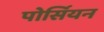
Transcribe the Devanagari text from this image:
पोर्सियन